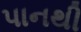
પાનથી